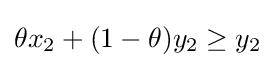
\theta x_{2}+(1-\theta )y_{2}\geq y_{2}